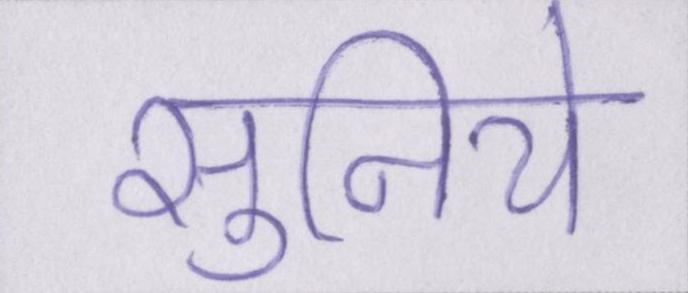
सुनिये